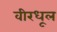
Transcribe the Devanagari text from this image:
वीरधूल